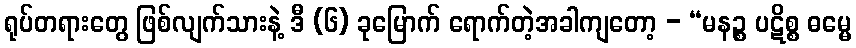
ရုပ်တရားတွေ ဖြစ်လျက်သားနဲ့ ဒီ (၆) ခုမြောက် ရောက်တဲ့အခါကျတော့ - “မနဉ္စ ပဋိစ္စ ဓမ္မေ